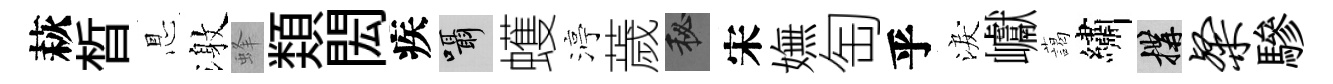
萩晳㤙激蜂𩔖閎疾囁蠖渟薉秘宋嫵匋乎淚巘藹繡構粲驂